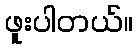
ဖူးပါတယ်။